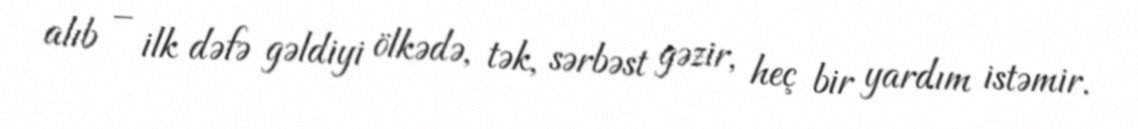
alıb – ilk dəfə gəldiyi ölkədə, tək, sərbəst gəzir, heç bir yardım istəmir.